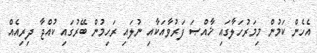
އެހެން ކަމުން މިމަރުހަލާގައި ޚާއްޞަ ފަރުވާއަކާއި ނުލައި ރަހިމުން ބޭރުގައި ކުއްޖާ ދިރިއެއް